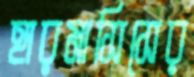
হারমাসিসের